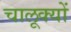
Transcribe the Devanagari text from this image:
चालूक्यों